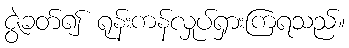
ဇွဲခတ်၍ ရုန်းကန်လှုပ်ရှားကြရသည်။